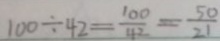
1 0 0 \div 4 2 = \frac { 1 0 0 } { 4 2 } = \frac { 5 0 } { 2 1 }